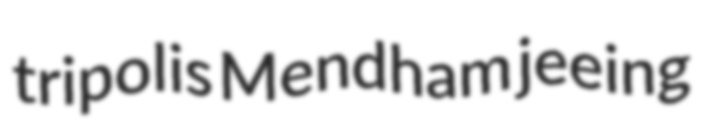
tripolis Mendham jeeing